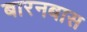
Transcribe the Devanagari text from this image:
बारनबास